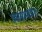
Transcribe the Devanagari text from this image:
प्रवासामधील